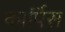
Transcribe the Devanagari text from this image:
कार्पिस